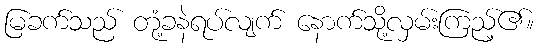
မြခက်သည် တုံ့ခနဲရပ်လျက် နောက်သို့လှမ်းကြည့်၏။